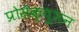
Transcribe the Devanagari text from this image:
प्रोसेक्यूशन